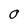
Character: O